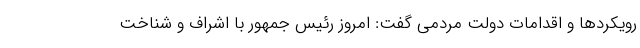
رویکردها و اقدامات دولت مردمی گفت: امروز رئیس جمهور با اشراف و شناخت